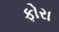
ફોરા